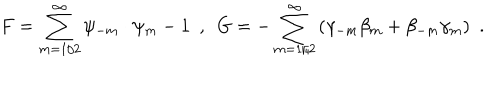
{ F } = { \sum _ { m = 1 / 2 } ^ { \infty } \psi _ { - m } \cdot \psi _ { m } } - 1 ~ ~ , ~ ~ { G } = { - \sum _ { m = 1 / 2 } ^ { \infty } \left( \gamma _ { - m } \beta _ { m } + \beta _ { - m } \gamma _ { m } \right) } ~ ~ .